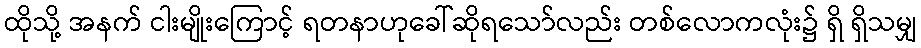
ထိုသို့ အနက် ငါးမျိုးကြောင့် ရတနာဟုခေါ်ဆိုရသော်လည်း တစ်လောကလုံး၌ ရှိ ရှိသမျှ